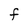
Character: F